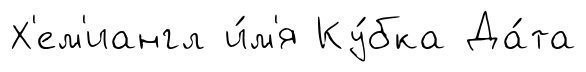
Х'ем'иангл и́м'я Ку́бка Да́та